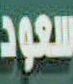
سعود